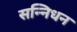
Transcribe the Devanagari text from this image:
सन्निधन